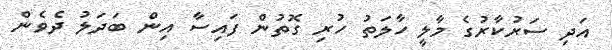
އަދި ސަރުކާރުގެ މާލީ ހާލަތު ހުރި ގޮތުން ފައިސާ އިން ބަދަލު ދެވެން